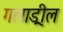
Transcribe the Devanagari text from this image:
गलाड्रील